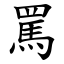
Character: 罵